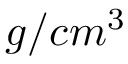
g / c m ^ { 3 }